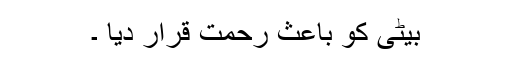
بیٹی کو باعث رحمت قرار دیا ۔